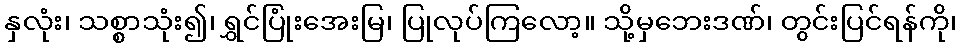
နှလုံး၊ သစ္စာသုံး၍၊ ရွှင်ပြုံးအေးမြ၊ ပြုလုပ်ကြလော့။ သို့မှဘေးဒဏ်၊ တွင်းပြင်ရန်ကို၊